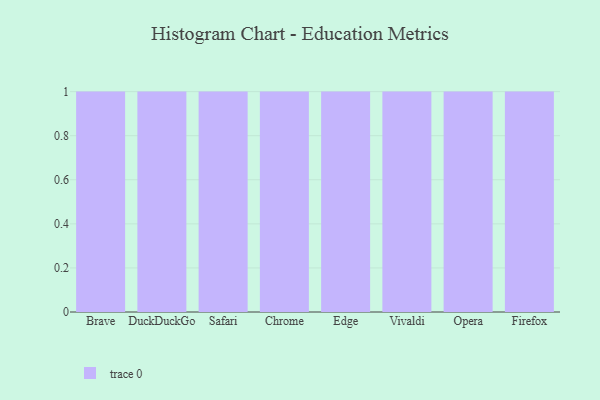
{"axis": {"x": "Browser", "y": "Customer Acquisition Cost (USD)"}, "legend": [""], "data": [{"x": "Brave", "y": 6, "type": ""}, {"x": "DuckDuckGo", "y": 96, "type": ""}, {"x": "Safari", "y": 52, "type": ""}, {"x": "Chrome", "y": 56, "type": ""}, {"x": "Edge", "y": 98, "type": ""}, {"x": "Vivaldi", "y": 43, "type": ""}, {"x": "Opera", "y": 56, "type": ""}, {"x": "Firefox", "y": 6, "type": ""}]}